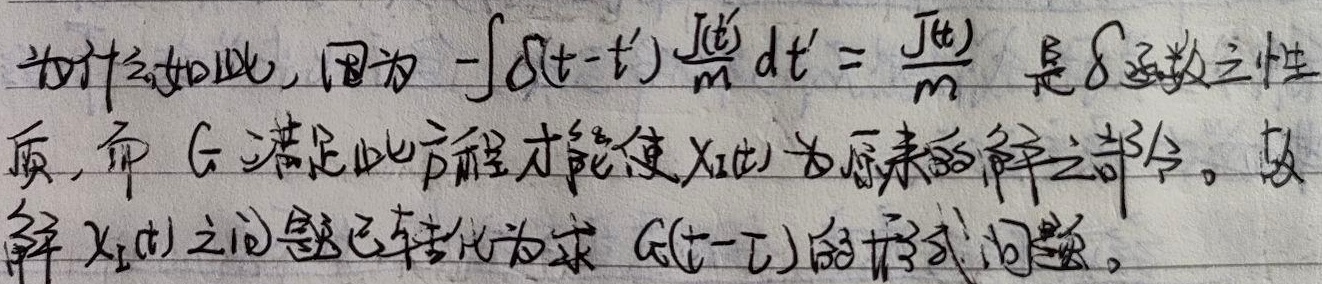
为什么如此，因为 \(-\int \delta(t - t')\frac{J(t')}{m}dt' = \frac{J(t)}{m}\) 是 \(\delta\) 函数之性质，而 \(G\) 满足此方程才能使 \(x_1(t)\) 为原来的解之部分。故解 \(x_1(t)\) 之问题已转化为求 \(G(t - \tau)\) 的形式问题。